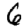
Digit: 6